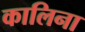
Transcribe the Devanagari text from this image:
कालिना